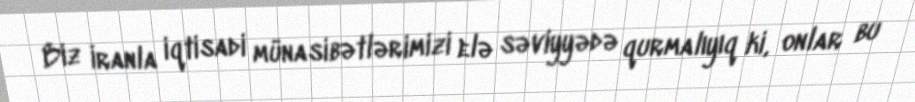
Biz İranla iqtisadi münasibətlərimizi elə səviyyədə qurmalıyıq ki, onlar bu